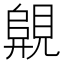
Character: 𧡦